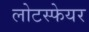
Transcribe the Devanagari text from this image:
लोटस्फेयर